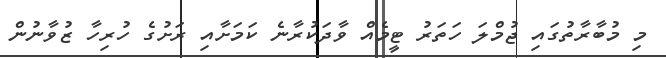
މި މުބާރާތުގައި ޖުމްލަ ހަތަރު ޓީމެއް ވާދަކުރާނެ ކަމަށާއި ރަށުގެ ހުރިހާ ޒުވާނުން